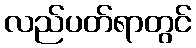
လည်ပတ်ရာတွင်